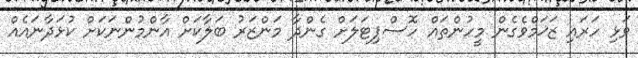
ވަޅި ހަރައި ޒަޚަމްވެގެން މީހުންތައް ހޮސްޕިޓަލަށް ގެންދާ މަންޒަރު ބަލާކަށް އާންމުންނަކަށް ކުޅަދާނައެއް